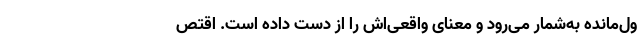
ول‌مانده به‌شمار می‌رود و معنای واقعی‌اش را از دست داده است. اقتص